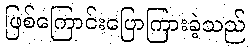
ဖြစ်ကြောင်းပြောကြားခဲ့သည်